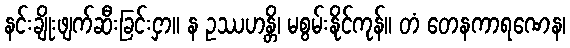
နင်းချိုးဖျက်ဆီးခြင်းငှာ။ န ဥဿဟန္တိ၊ မစွမ်းနိုင်ကုန်။ တံ တေနကာရဏေန၊